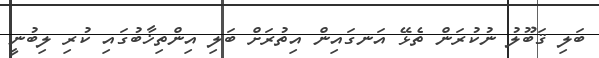
ބަލި ޤަބޫލު ނުކުރަން ތެޅޭ އަނގައިން އިތުރަށް ބަލި އިންތިޚާބުގައި ކުރި ލިބުނީ